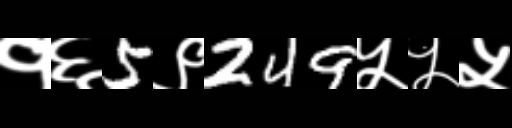
Text: १६5९249५५५